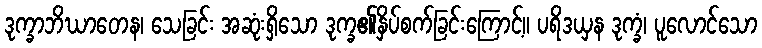
ဒုက္ခာဘိဃာတေန၊ သေခြင်း အဆုံးရှိသော ဒုက္ခ၏နှိပ်စက်ခြင်းကြောင့်။ ပရိဒယှန ဒုက္ခံ၊ ပူလောင်သော